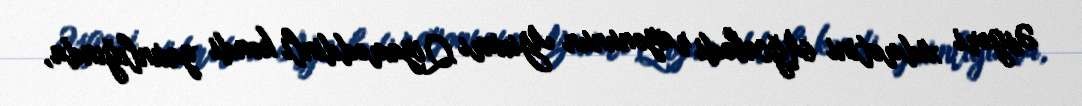
Əsgəri xidmətini Ağcabədi rayonunun Yuxarı Qiyaməddinli kəndi yaxınlığında,